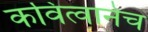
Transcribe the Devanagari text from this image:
कवित्वानेच